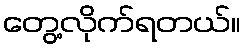
တွေ့လိုက်ရတယ်။